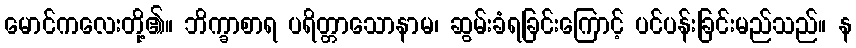
မောင်ကလေးတို့၏။ ဘိက္ခာစာရ ပရိတ္တာသောနာမ၊ ဆွမ်းခံရခြင်းကြောင့် ပင်ပန်းခြင်းမည်သည်။ န